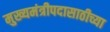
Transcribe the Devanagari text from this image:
मुख्यमंत्रीपदासाठीच्या